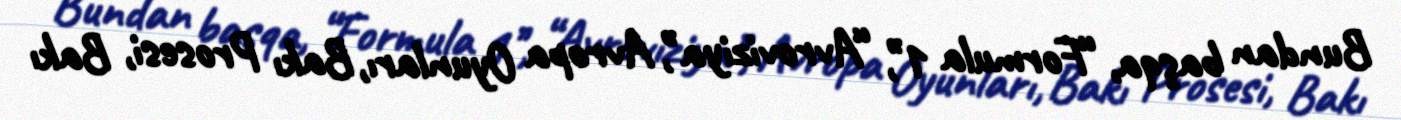
Bundan başqa, “Formula 1’’, “Avroviziya’’, Avropa Oyunları, Bakı Prosesi, Bakı